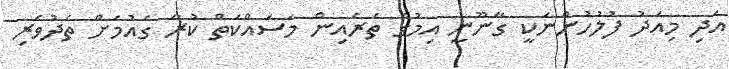
އަދި މިއަދު ފުލުހުންނަކީ ގާނޫނީ އިމުގެ ތެރެއިން މަސައްކަތް ކުރާ ގައުމަށް ތެދުވެރި